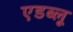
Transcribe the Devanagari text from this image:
एडब्लू